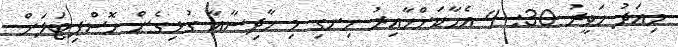
މިއަދު ހަވީރު 30: 4 އެހާކަށްހާއިރު ހިނގި މި ހާދިސާއާ ގުޅިގެން ހޮސްޕިޓަލަށް